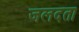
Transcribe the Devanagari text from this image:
जलदता